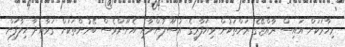
މިހާރަކަށް އައިސް ރާއްޖޭގެ ރަށްތަކުން ވިޔަފާރީގެ އުސޫލުންނާއި އެނޫންވެސް ބޭނުންތަކަށް ގަވާއިދާ ހިލާފަށް